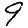
Digit: 9